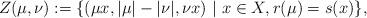
LaTeX: \begin{align*}Z(\mu,\nu) := \{(\mu x, |\mu| - |\nu|, \nu x) \ \vert \ x \in X, r(\mu)= s(x)\},\end{align*}